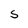
Character: S